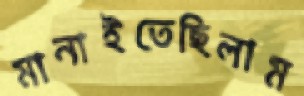
মানাইতেছিলাম